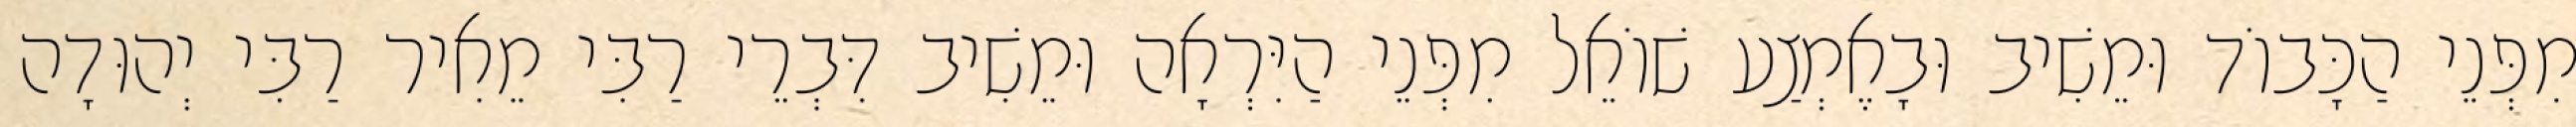
מִפְּנֵי הַכָּבוֹד וּמֵשִׁיב וּבָאֶמְצַע שׁוֹאֵל מִפְּנֵי הַיִּרְאָה וּמֵשִׁיב דִּבְרֵי רַבִּי מֵאִיר רַבִּי יְהוּדָה